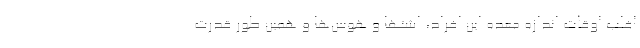
اغلب اوقات اندازه معده این افراد، اشتها و هوس‌ها و همین‌ طور قدرت